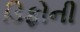
ડિફોની